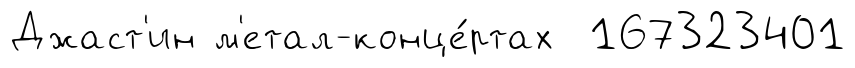
Джаст'ин м'етал-конце́ртах 167323401